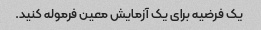
یک فرضیه برای یک آزمایش معین فرموله کنید.